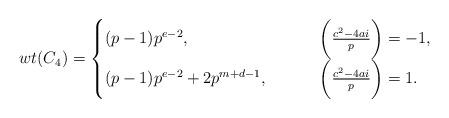
LaTeX: \begin{align*}wt(C_{4})=\begin{cases}(p-1)p^{e-2},&\qquad\ \biggl(\frac{c^{2}-4ai}{p}\biggr)=-1,\\(p-1)p^{e-2}+2p^{m+d-1},&\qquad\ \biggl(\frac{c^{2}-4ai}{p}\biggr)=1.\end{cases}\end{align*}